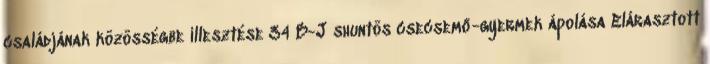
családjának közösségbe illesztése 34 B-J shuntös csecsemő-gyermek ápolása Elárasztott